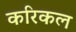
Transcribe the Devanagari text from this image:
करिकल